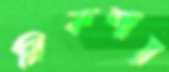
রিকশায়